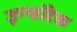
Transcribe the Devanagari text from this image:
इन्फोटैक